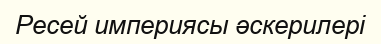
Ресей империясы әскерилері